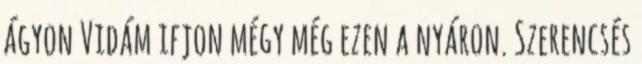
ágyon Vidám ifjon mégy még ezen a nyáron. Szerencsés